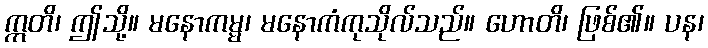
ဣတိ၊ ဤသို့။ မနောကမ္မ၊ မနောကံကုသိုလ်သည်။ ဟောတိ၊ ဖြစ်၏။ ပန၊